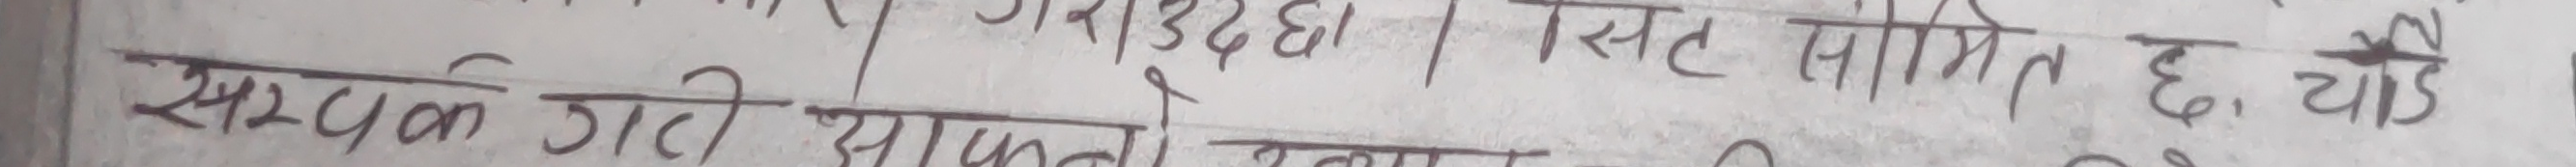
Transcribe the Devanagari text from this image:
सम्पर्क गरी आजै १३२४२९०४३४